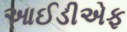
આઈડીએફ